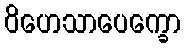
ဝိဟေသာပေက္ခော